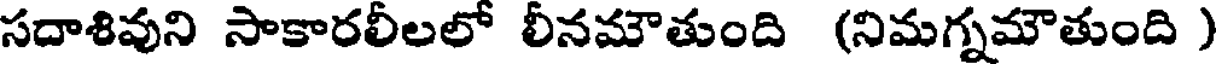
సదాశివుని సాకారలీలలో లీనమౌతుంది (నిమగ్నమౌతుంది )